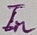
Text: In